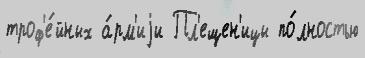
троф'е́йных а́рм'иjи Пл'ещен'ицы по́лностью